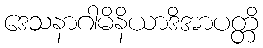
ဒေသနာဂါမိနိယာဒိအာပတ္တိ